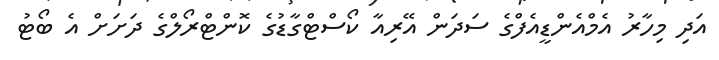
އަދި މިހާރު އެމްއެންޑީއެފްގެ ސަދަން އޭރިއާ ކޯސްޓްގާޑުގެ ކޮންޓްރޯލްގެ ދަށަށް އެ ބޯޓު